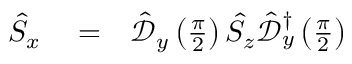
\begin{array} { r l r } { \hat { S } _ { x } } & { { } = } & { \hat { \mathcal { D } } _ { y } \left( \frac { \pi } { 2 } \right) \hat { S } _ { z } \hat { \mathcal { D } } _ { y } ^ { \dagger } \left( \frac { \pi } { 2 } \right) } \end{array}